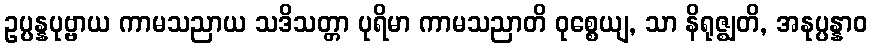
ဥပ္ပန္နပုဗ္ဗာယ ကာမသညာယ သဒိသတ္တာ ပုရိမာ ကာမသညာတိ ဝုစ္စေယျ, သာ နိရုဇ္ဈတိ, အနုပ္ပန္နာဝ